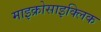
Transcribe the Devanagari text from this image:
माइक्रोसाइक्लिक